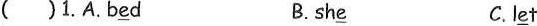
( )1.A.b\underline{e}d B. sh\underline{e} C.l\underline{e}t